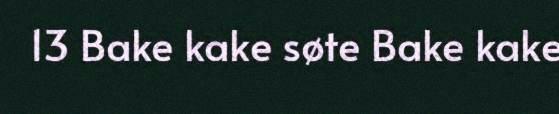
13 Bake kake søte Bake kake